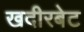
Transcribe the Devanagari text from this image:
खदीरबेट